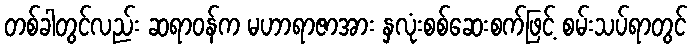
တစ်ခါတွင်လည်း ဆရာဝန်က မဟာရာဇာအား နှလုံးစစ်ဆေးစက်ဖြင့် စမ်းသပ်ရာတွင်